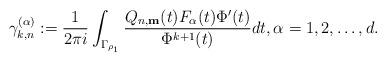
LaTeX: \begin{align*}\gamma_{k,n}^{(\alpha)}:=\frac{1}{2\pi i}\int_{\Gamma_{\rho_1}} \frac{Q_{n,\textup{\textbf{m}}}(t) F_\alpha(t) \Phi'(t)}{\Phi^{k+1}(t)} dt, \alpha=1,2,\ldots,d.\end{align*}